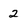
Character: 2